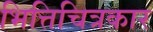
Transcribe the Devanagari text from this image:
भित्तिचित्रकार